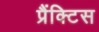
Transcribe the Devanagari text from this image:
प्रैंक्टिस